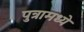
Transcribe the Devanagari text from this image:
पुत्रामध्ये